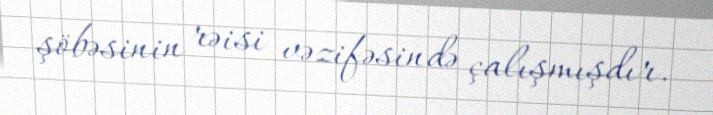
şöbəsinin rəisi vəzifəsində çalışmışdır.